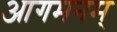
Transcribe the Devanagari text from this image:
आगमनम्